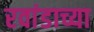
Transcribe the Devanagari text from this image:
रवांडाच्या